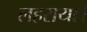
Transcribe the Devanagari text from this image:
लहराया।